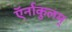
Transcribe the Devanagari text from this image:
ऍर्नाकुलम्